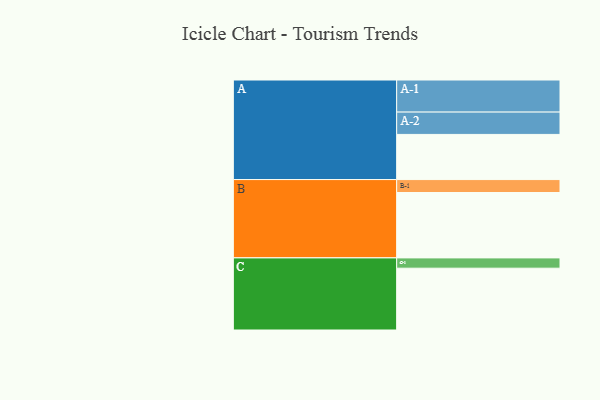
{"axis": {"x": "Segment", "y": "Value"}, "legend": ["", "A", "B", "C"], "data": [{"x": "A", "y": 342, "type": ""}, {"x": "B", "y": 495, "type": ""}, {"x": "C", "y": 468, "type": ""}, {"x": "A-1", "y": 243, "type": "A"}, {"x": "A-2", "y": 169, "type": "A"}, {"x": "B-1", "y": 98, "type": "B"}, {"x": "C-1", "y": 78, "type": "C"}]}